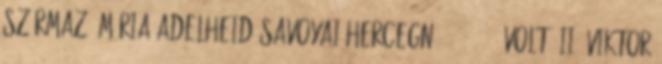
származó Mária Adelheid savoyai hercegnő 1685–1712 volt, II. Viktor